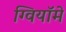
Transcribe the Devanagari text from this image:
ग्वियॉमे